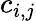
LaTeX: c_{i,j}